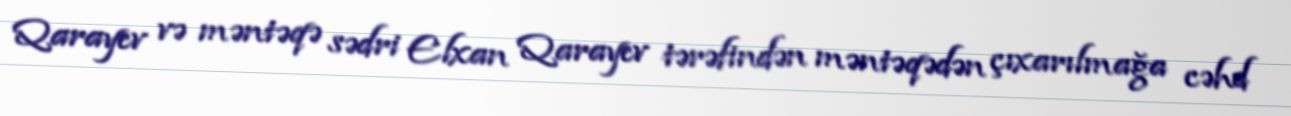
Qarayev və məntəqə sədri Elxan Qarayev tərəfindən məntəqədən çıxarılmağa cəhd